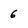
Character: 6